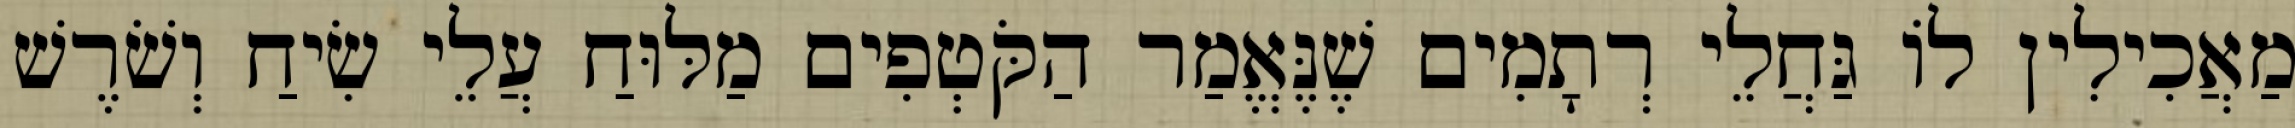
מַאֲכִילִין לוֹ גַּחֲלֵי רְתָמִים שֶׁנֶּאֱמַר הַקֹּטְפִים מַלּוּחַ עֲלֵי שִׂיחַ וְשֹׁרֶשׁ